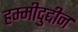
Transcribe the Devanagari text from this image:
हम्मीदुद्दीन